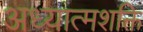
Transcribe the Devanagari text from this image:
अध्यात्मशक्ति